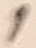
Text: 1